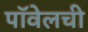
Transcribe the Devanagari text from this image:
पॉवेलची